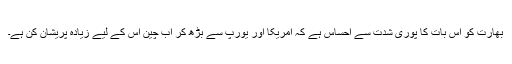
بھارت کو اس بات کا پوری شدت سے احساس ہے کہ امریکا اور یورپ سے بڑھ کر اب چین اس کے لیے زیادہ پریشان کن ہے۔